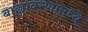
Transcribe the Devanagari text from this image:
बाह्यावरणामध्ये